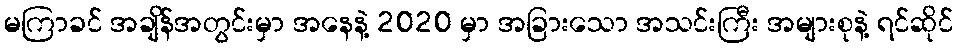
မကြာခင် အချိန်အတွင်းမှာ အနေနဲ့ 2020 မှာ အခြားသော အသင်းကြီး အများစုနဲ့ ရင်ဆိုင်